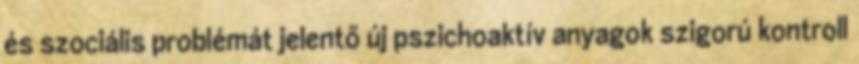
és szociális problémát jelentő új pszichoaktív anyagok szigorú kontroll